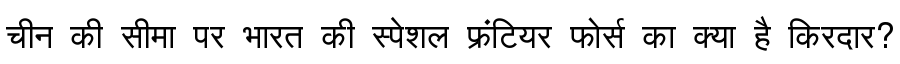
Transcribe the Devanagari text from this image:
चीन की सीमा पर भारत की स्पेशल फ्रंटियर फोर्स का क्या है किरदार?